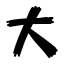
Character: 大